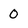
Character: 0